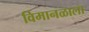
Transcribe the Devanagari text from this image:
विमानळाला